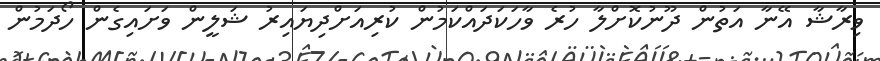
ވިރާޝާ އޭނާ އަތުން ދޫނުކޮށްލާ ހުރެ ވާހަކަދައްކަމުން ކުރިއަށްދިޔައިރު ޝަލީން ވަށައިގެން ހޯދަމުން